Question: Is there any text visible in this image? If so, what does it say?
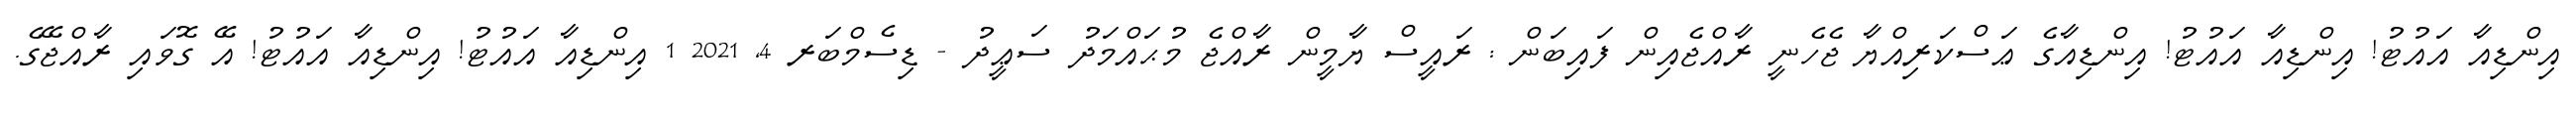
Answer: އިންޑިއާ އައުޓު! އިންޑިއާ އައުޓު! އިންޑިއާގެ ޢަސްކަރިއްޔާ ޖެހެނީ ރާއްޖެއިން ފައިބަން : ރައީސް ޔާމީން ރާއްޖެ މުޙައްމަދު ސަޢީދު - ޑިސެމްބަރ 4, 2021 1 އިންޑިއާ އައުޓު! އިންޑިއާ އައުޓު! އޭ ގޮވައި ރާއްޖޭގެ.